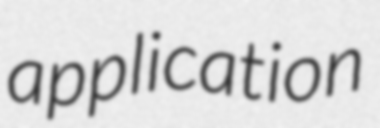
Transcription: application